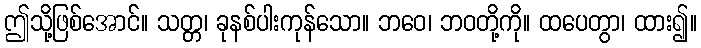
ဤသို့ဖြစ်အောင်။ သတ္တ၊ ခုနစ်ပါးကုန်သော။ ဘဝေ၊ ဘဝတို့ကို။ ထပေတွာ၊ ထား၍။